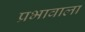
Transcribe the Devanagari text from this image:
प्रभावाला